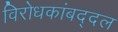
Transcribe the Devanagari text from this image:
विरोधकांबद्दल